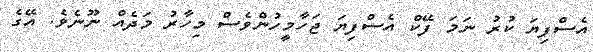
އެސްފިޔަ ކުރު ނަމަ ފޭކް އެސްފިޔަ ޖަހާމީހުންވެސް މިހާރު މަދެއް ނޫނެވެ. އޭގެ